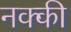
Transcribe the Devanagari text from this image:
नक्‍की